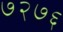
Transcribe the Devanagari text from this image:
७२७६